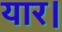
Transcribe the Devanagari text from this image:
यार।